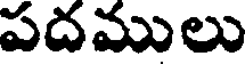
పదములు